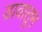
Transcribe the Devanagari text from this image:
डावातून